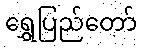
ရွှေပြည်တော်